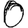
Digit: 0